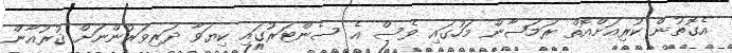
އެގޮތުން ކުރިއަށްއޮތް ރަމަޟާން މަހުގައި ވެސް އެ ސެންޓަރުގައި ކިޔަވާ ދަރިވަރުންނަށް ޤުރުއާން